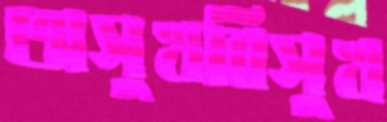
অসুখবিসুখ